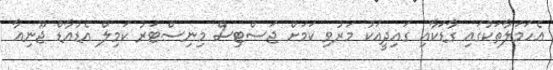
އެހަމަލާތަކުގައި ގާޑަކާއި ގައިދީއަކު މަރުވި ކަމަށް ޖަސްޓިސް މިނިސްޓަރު ކަމިލް އެޑުއާޑް ޖޫނިއާ